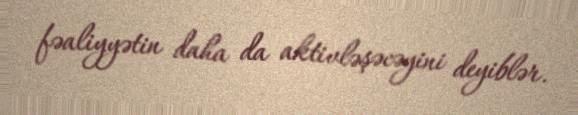
fəaliyyətin daha da aktivləşəcəyini deyiblər.